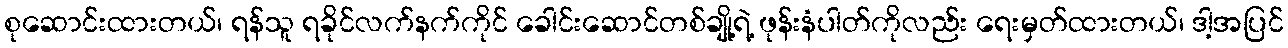
စုဆောင်းထားတယ်၊ ရန်သူ ရခိုင်လက်နက်ကိုင် ခေါင်းဆောင်တစ်ချို့ရဲ့ ဖုန်းနံပါတ်ကိုလည်း ရေးမှတ်ထားတယ်၊ ဒါ့အပြင်